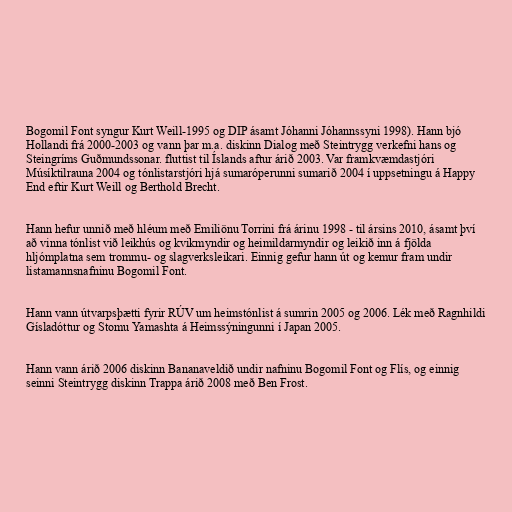
Bogomil Font syngur Kurt Weill-1995 og DIP ásamt Jóhanni Jóhannssyni 1998). Hann bjó
Hollandi frá 2000-2003 og vann þar m.a. diskinn Dialog með Steintrygg verkefni hans og
Steingríms Guðmundssonar. fluttist til Íslands aftur árið 2003. Var framkvæmdastjóri
Músíktilrauna 2004 og tónlistarstjóri hjá sumaróperunni sumarið 2004 í uppsetningu á Happy
End eftir Kurt Weill og Berthold Brecht.

Hann hefur unnið með hléum með Emiliönu Torrini frá árinu 1998 - til ársins 2010, ásamt því
að vinna tónlist við leikhús og kvikmyndir og heimildarmyndir og leikið inn á fjölda
hljómplatna sem trommu- og slagverksleikari. Einnig gefur hann út og kemur fram undir
listamannsnafninu Bogomil Font.

Hann vann útvarpsþætti fyrir RÚV um heimstónlist á sumrin 2005 og 2006. Lék með Ragnhildi
Gísladóttur og Stomu Yamashta á Heimssýningunni í Japan 2005.

Hann vann árið 2006 diskinn Bananaveldið undir nafninu Bogomil Font og Flís, og einnig
seinni Steintrygg diskinn Trappa árið 2008 með Ben Frost.